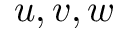
u , v , w